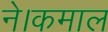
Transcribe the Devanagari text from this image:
ने।कमाल